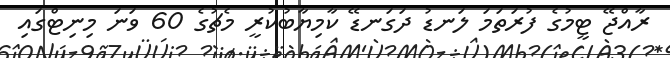
ރާއްޖޭ ޓީމުގެ ފުރަތަމަ ލަނޑު ދަގަނޑޭ ކާމިޔާބުކުރީ މެޗުގެ 60 ވަނަ މިނިޓްގައި